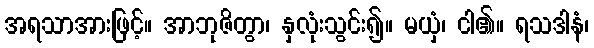
အရသာအားဖြင့်။ အာဘုဇိတွာ၊ နှလုံးသွင်း၍။ မယှံ၊ ငါ၏။ ရသဒါနံ၊